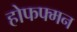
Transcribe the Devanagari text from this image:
होफफ्मन